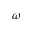
\omega